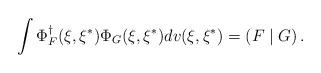
LaTeX: \begin{align*}\int \Phi _F^{\dagger }(\xi ,\xi ^{*})\Phi _G(\xi ,\xi ^{*})dv(\xi ,\xi^{*})=\left( F\mid G\right) . \end{align*}